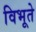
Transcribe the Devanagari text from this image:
विभूते